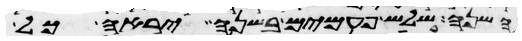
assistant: השנה שלש פעמים בשנה יראה כל